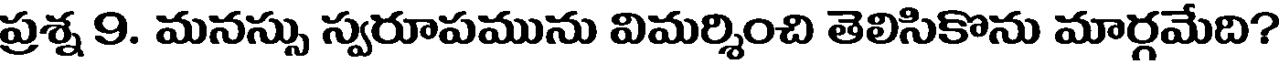
ప్రశ్న 9. మనస్సు స్వరూపమును విమర్శించి తెలిసికొను మార్గమేది?